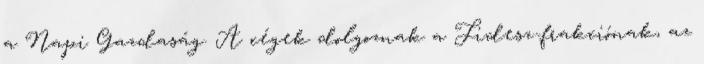
a Napi Gazdaság. A cégek dolgoznak a Fidesz-frakciónak, az